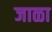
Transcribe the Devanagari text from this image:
जाळा